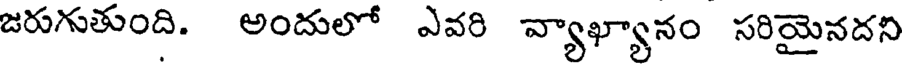
జరుగుతుంది. అందులో ఎవరి వ్యాఖ్యానం సరియైనదని